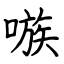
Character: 嗾